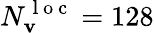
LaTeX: N_{\mathbf{v}}^{\mathrm{~l~o~c~}}=128